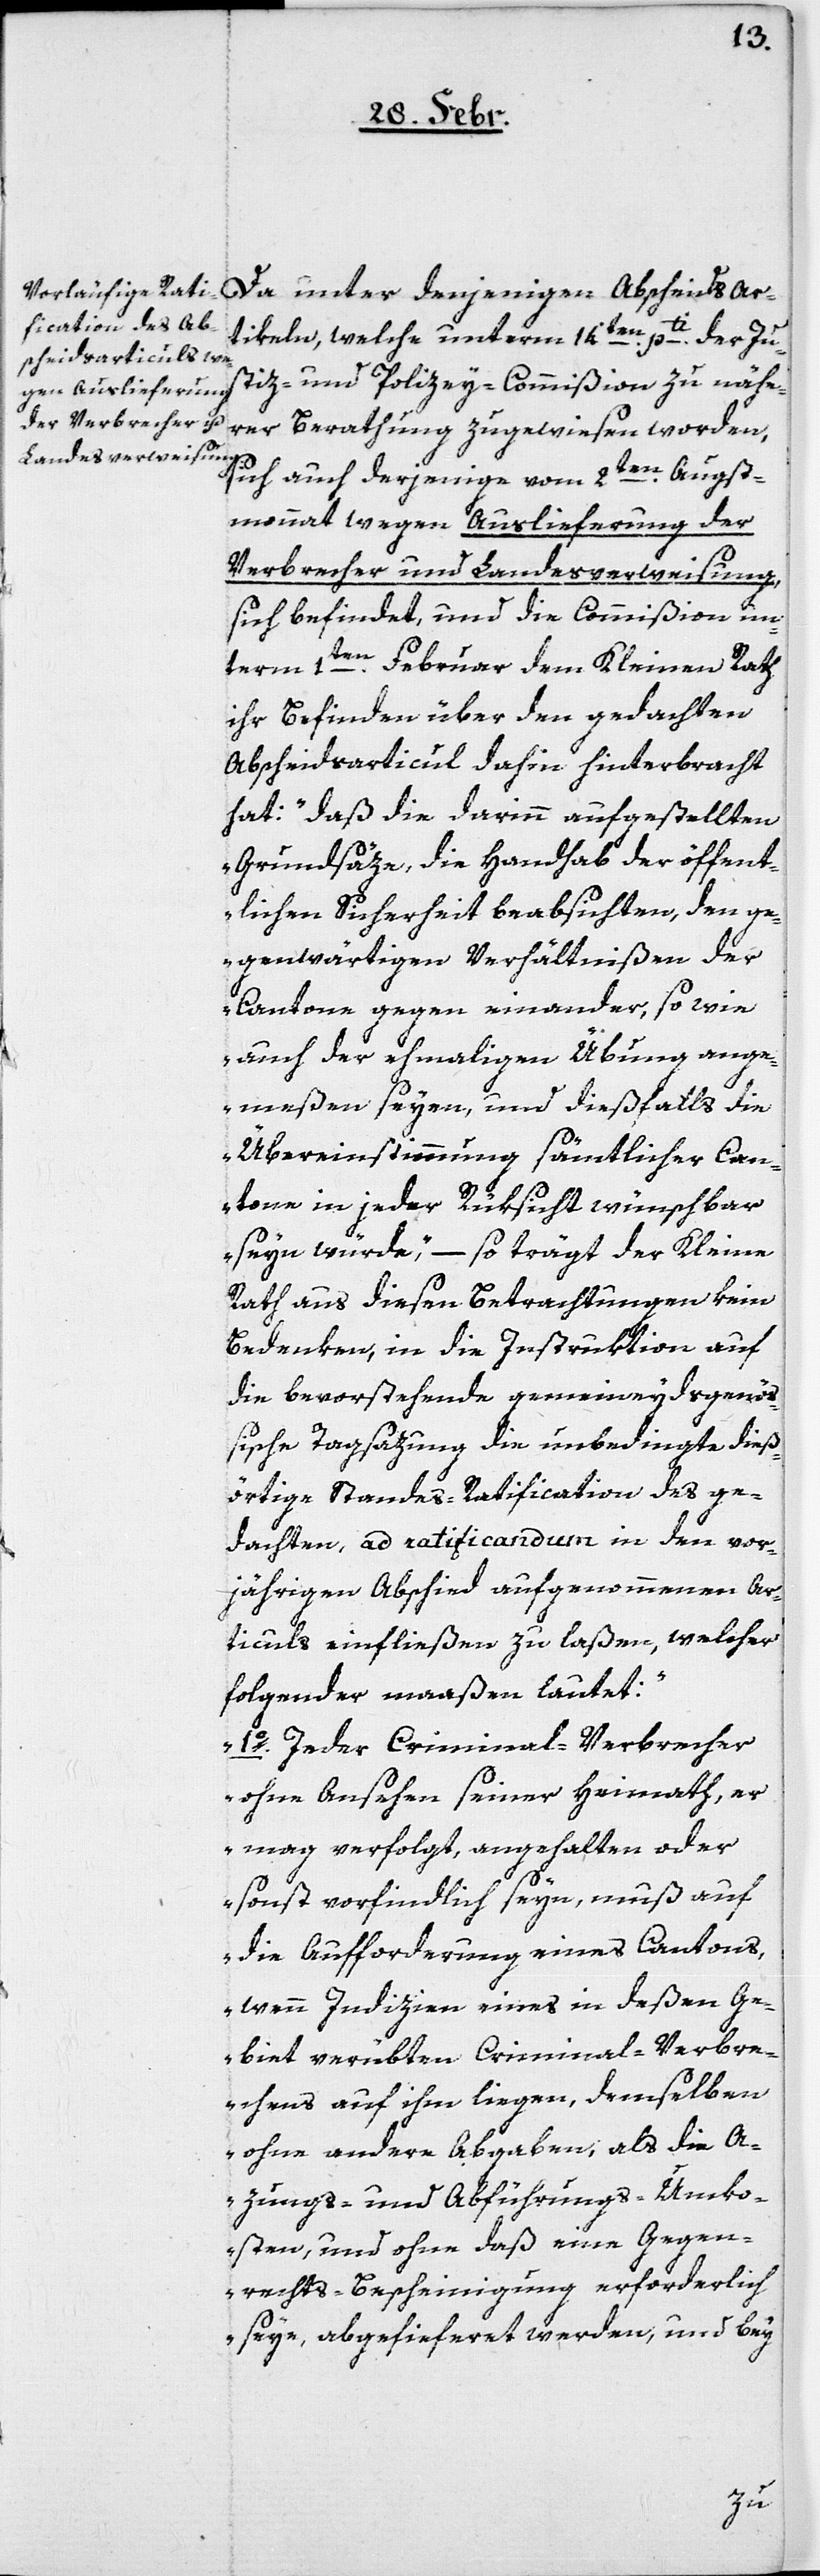
Da unter denjenigen Abscheids Ar¬
tikeln, welche unterm 14ten pti der Ju¬
stiz- und Polizeycommißion zu nähe¬
rer Berathung zugewiesen worden,
sich auch derjenige vom 2ten Augst¬
monat wegen Auslieferung der
Verbrecher und Landesverweisung,
sich befindet, und die Commißion un¬
term 1ten Februar dem Kleinen Rath
ihr Befinden über den gedachten
Abscheidsarticul dahin hinterbracht
hat: „Daß die darinn aufgestellten
Grundsäze, die Handhab der öffent¬
lichen Sicherheit beabsichten, den ge¬
genwärtigen Verhältnißen der
Cantone gegen einander, so wie
auch der ehemaligen Übung ange¬
messen seyen, und dießfalls die
Übereinstimmung sämtlicher Can¬
tone in jeder Rücksicht wünschbar
seyn würde“, – so trägt der Kleine
Rath aus diesen Betrachtungen kein
Bedenken, in die Instruktion auf
die bevorstehende gemeineydsgenöß¬
ische Tagsazung die unbedingte dieß¬
örtige Standes-Ratification des ge¬
dachten, ad ratificandum in den vor¬
jährigen Abschied aufgenommenen Ar¬
ticuls einfließen zu laßen, welcher
folgender maaßen lautet:
1o. Jeder Criminal-Verbrecher
ohne Ansehen seiner Heimath, er
mag verfolgt, angehalten oder
sonst vorfindlich seyn, muß auf
die Aufforderung eines Cantons,
wenn Indizien eines in deßen Ge¬
biet verübten Criminal-Verbre¬
chens auf ihm liegen, demselben
ohne andere Abgaben, als die A¬
zungs- und Abführungs-Unko¬
sten, und ohne daß eine Gegen¬
rechts-Bescheinigung erforderlich
seye, abgelieferet werden, und bei